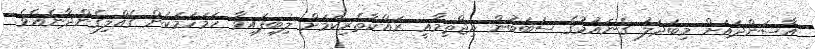
އާސަންދައަށް މިބަދަލު ގެނައުމުގެ ސަބަބުން އިޖްތިމާޢީ ރައްކާތެރިކަމަށް ލިބިފައިވާ ހަމަހަމަކަން ގެއްލިގެންދާނެއެވެ.